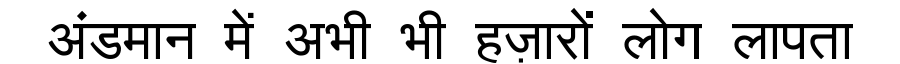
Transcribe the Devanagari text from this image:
अंडमान में अभी भी हज़ारों लोग लापता